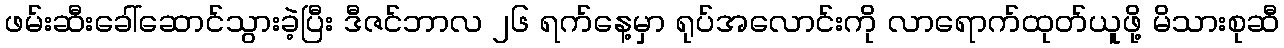
ဖမ်းဆီးခေါ်ဆောင်သွားခဲ့ပြီး ဒီဇင်ဘာလ ၂၆ ရက်နေ့မှာ ရုပ်အလောင်းကို လာရောက်ထုတ်ယူဖို့ မိသားစုဆီ